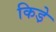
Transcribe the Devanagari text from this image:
किडे़